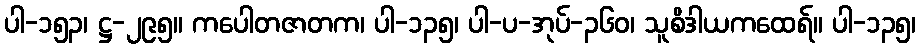
ပါ-၁၅၃၊ ဋ္ဌ-၂၉၅။ ကပေါတဇာတက၊ ပါ-၁၃၅၊ ပါ-ပ-အုပ်-၃၆၀၊ သူစိဒါယကထေရ်။ ပါ-၁၃၅၊